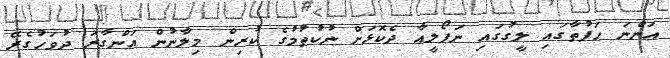
އަންނަ ހަފުތާގައި ލީގުގައި ނަޕޯލީއާ ދެކޮޅަށް ނުކުތުމުގެ ކުރިން މިލާނުން އަންގާރަ ދުވަހުގެރޭ